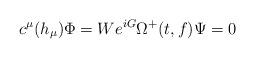
LaTeX: \begin{align*}c^\mu(h_\mu)\Phi=We^{iG}\Omega^+(t,f)\Psi=0\end{align*}